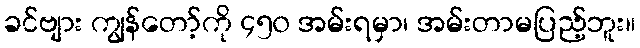
ခင်ဗျား ကျွန်တော့်ကို ၄၅၀ အမ်းရမှာ၊ အမ်းတာမပြည့်ဘူး။